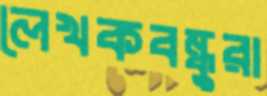
লেখকবন্ধুরা